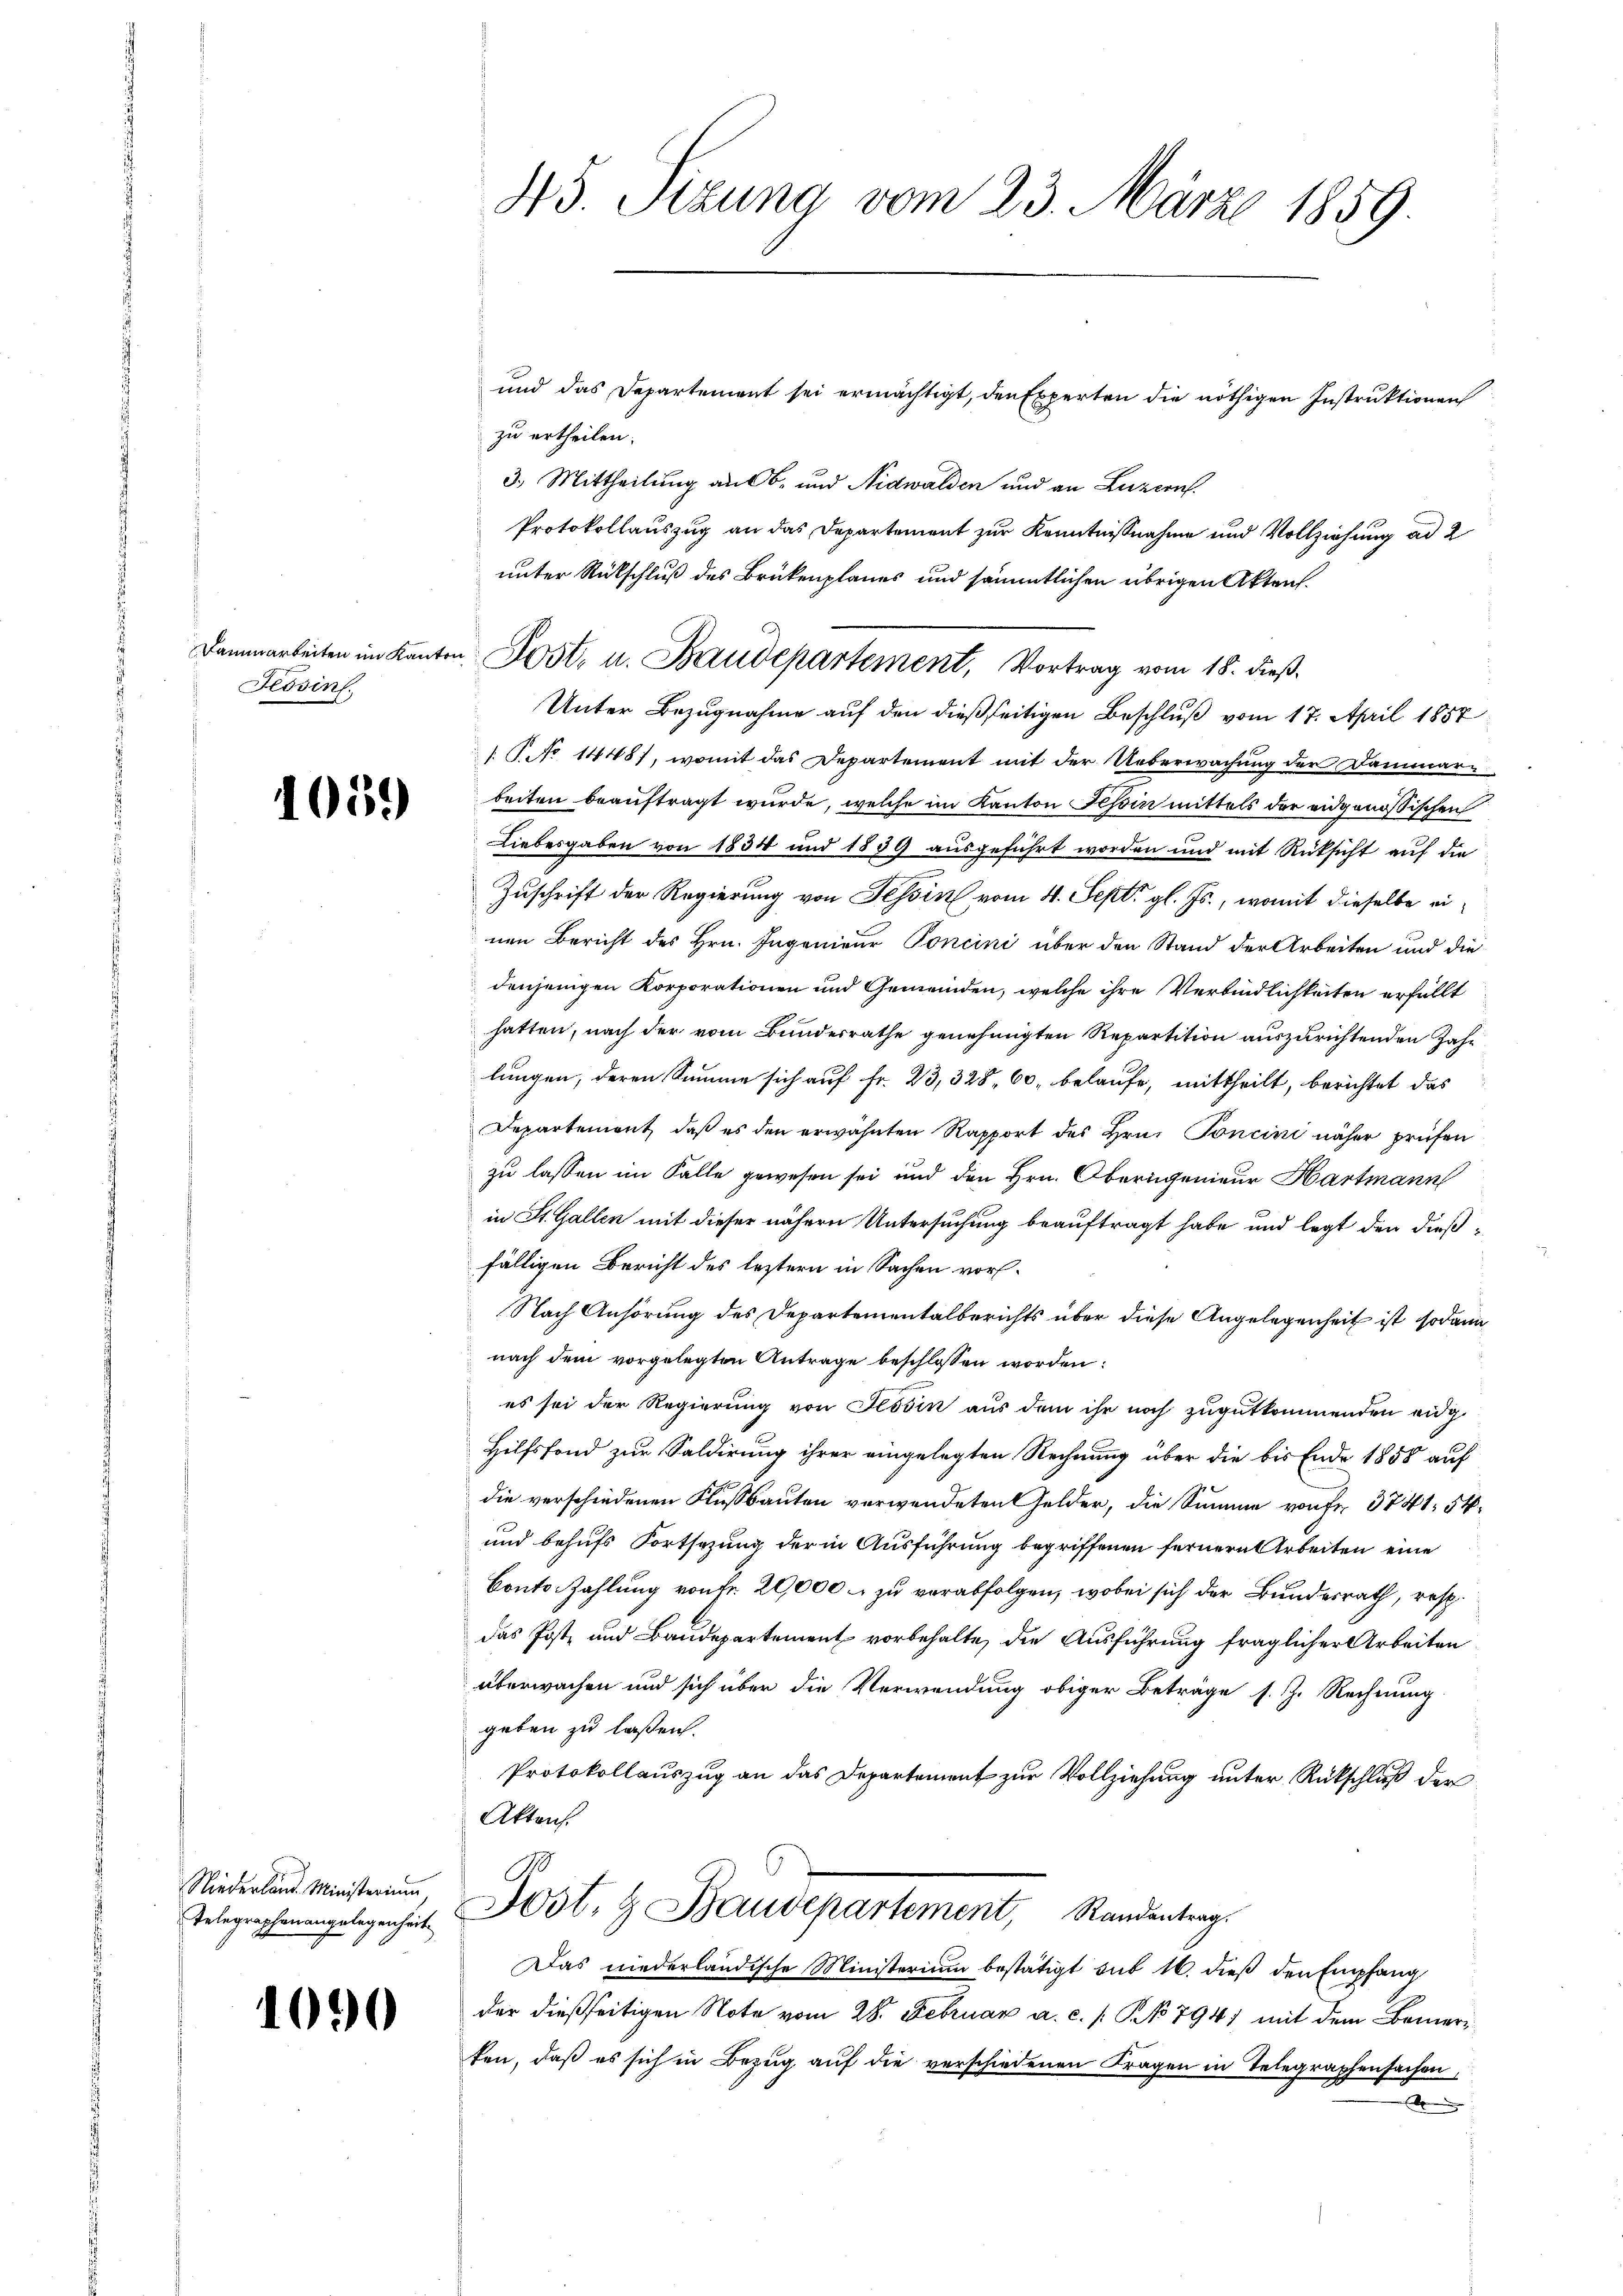
Tessin.

1059

Niederland. Ministerium,
Telegraphenangelegenheit

1090

45. Sizung vom 23. März 1859

und das Departement sei ermächtigt, den Experten die nöthigen Instruktionen
zu ertheilen.
3. Mittheilung aus B. und Nidwalden und an Luzern.
Protokollauszug an das Departement zur Kenntnißnahme und Vollziehung ad 2
unter Rückschluß des Brükenplanes und sämmtlichen übrigen Akten.
Unter Bezugnahme auf den dießseitigen Beschluß vom 17. April 1857
1 No 1448), womit das Departement mit der Ueberwachung der Dammar-
beiten beauftragt wurde, welche im Kanton Tessin mittels der eidgenössischen
Liebesgaben von 1834 und 1839 ausgeführt worden und mit Rücksicht auf die
Zuschrift der Regierung von Tessin vom 4. Sept. gl. Js., womit dieselbe einen Bericht des Hrn. Ingenieur Poncini über den Stand der Arbeiten und die
denjenigen Korporationen und Gemeinden, welche ihre Verbindlichkeiten erfüllt
hatten, nach der vom Bundesrathe genehmigten Repartition auszurichtenden Jahr
lungen, deren Summe sich auf Fr. 23, 328, 60, belaufe, mittheilt, berichtet das
Departement, daß es den erwähnten Rapport des Hrn. Poncini näher prüfen
zu lassen im Falle gewesen sei und den Hrn. Obernigenieur Hartmann
in St. Gallen mit dieser nähern Untersuchung beauftragt habe und legt den dießfälligen Bericht des leztern in Sachen vor¬
Nach Anhörung des Departementalberichts über diese Angelegenheit ist sodann
nach dem vorgelegten Antrage beschlossen worden:
es sei der Regierung von Tessin aus dem ihr noch zugutkommenden eidg.
Hilfsfond zur Saldirung ihrer eingelegten Rechnung über die bis Ende 1858 auf
die verschiedenen Flussbauten verwendeten Gelder, die Summe von fr. 3741. 54.
und behufs Fortsezung der in Ausführung begriffenen fernern Arbeiten eine
Conto. Zahlung von Fr. 20,000 – zu verabfolgen, wobei sich der Bundesrath, resp.
das Post und Baudepartement vorbehalte, die Ausführung fraglicher Arbeiten
überwachen und sich über die Verwendung obiger Beträge s. Z. Rechnung
geben zu laßen.
Protokollauszug an das Departement zur Vollziehung unter Rückschluß der
Aktens.
.
Jost- & Baudepartement, Randantrag.
Das niederländische Ministerium bestätigt sub 16. dieß den Empfang
der dießseitigen Note vom 28. Februar a. c. /: No 794, mit dem Bemerten, daß es sich in Bezug auf die verschiedenen Fragen in Telegraphensachen,
.

Dammarbeiten im Kanton Post- u. Baudepartement, Vortrag vom 18. dieβ.